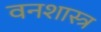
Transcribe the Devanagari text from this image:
वनशास्त्र